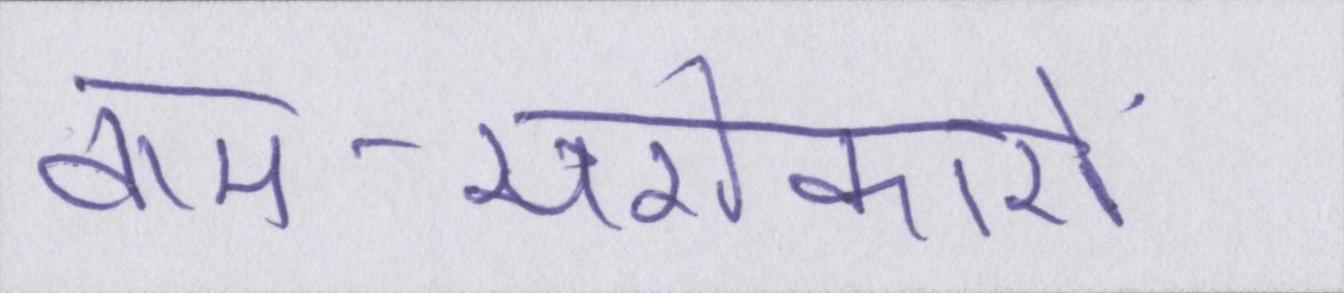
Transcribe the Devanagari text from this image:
वाम-सरोकारों